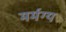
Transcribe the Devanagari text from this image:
मर्मग्य